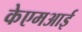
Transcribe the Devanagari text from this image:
केएमआई